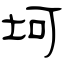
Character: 坷